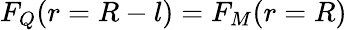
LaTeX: F_{Q}(r=R-l)=F_{M}(r=R)